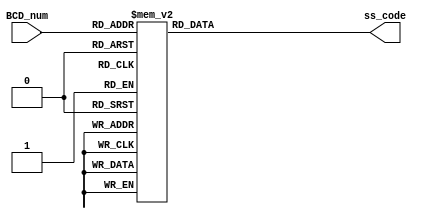
// Day 13 BCD to Seven Segment Display

// BCD_num carries the input number from 0 to 9
// ss_code is 7 bit code (a,b,c,d,e,f,g) that would drive the seven segment display
// Off when the bcd digit is not a decimal number

module Day13_BCD_to_7Segment(input [3:0]BCD_num,
                             output reg [6:0]ss_code);
  
  always @*
    begin
      case (BCD_num)
            0 : ss_code = 7'b0000001;
            1 : ss_code = 7'b1001111;
            2 : ss_code = 7'b0010010;
            3 : ss_code = 7'b0000110;
            4 : ss_code = 7'b1001100;
            5 : ss_code = 7'b0100100;
            6 : ss_code = 7'b0100000;
            7 : ss_code = 7'b0001111;
            8 : ss_code = 7'b0000000;
            9 : ss_code = 7'b0000100;
            default : ss_code = 7'b1111111; 
        endcase
      end
endmodule